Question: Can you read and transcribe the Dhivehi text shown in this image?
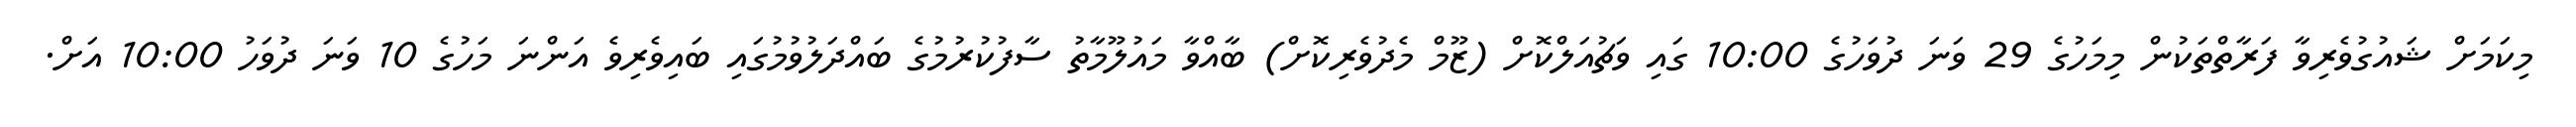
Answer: މިކަމަށް ޝައުގުވެރިވާ ފަރާތްތަކުން މިމަހުގެ 29 ވަނަ ދުވަހުގެ 10:00 ގައި ވަޗުއަލްކޮށް (ޒޫމް މެދުވެރިކޮށް) ބާއްވާ މައުލޫމާތު ސާފުކުރުމުގެ ބައްދަލުވުމުގައި ބައިވެރިވެ އަންނަ މަހުގެ 10 ވަނަ ދުވަހު 10:00 އަށް.